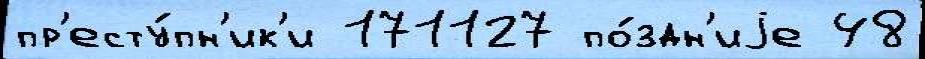
пр'есту́пн'ик'и 171127 по́здн'иjе 48